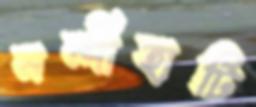
নন্দীহাটি